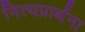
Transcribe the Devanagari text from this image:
नित्यप्रार्थना